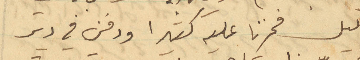
الليل فحزنا عليه كثيرا ودفن في دير